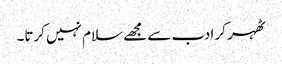
ٹھہر کر ادب سے مجھے سلام نہیں کرتا۔